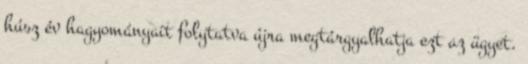
húsz év hagyományait folytatva újra megtárgyalhatja ezt az ügyet.